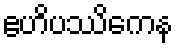
ဧဟိပဿိကေန